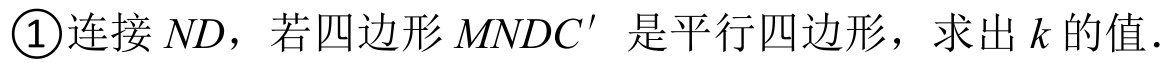
\textcircled{1}连接 \(ND\)，若四边形 \(MNDC'\) 是平行四边形，求出 \(k\) 的值.